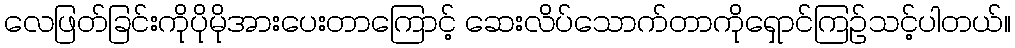
လေဖြတ်ခြင်းကိုပိုမိုအားပေးတာကြောင့် ဆေးလိပ်သောက်တာကိုရှောင်ကြဉ်သင့်ပါတယ်။